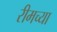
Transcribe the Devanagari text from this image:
रीमच्या